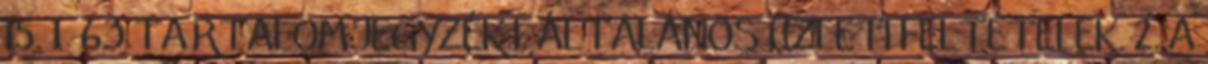
15. 1 63 TARTALOMJEGYZÉK I. ÁLTALÁNOS ÜZLETI FELTÉTELEK. 2. A